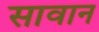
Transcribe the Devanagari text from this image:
सावान